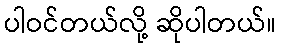
ပါဝင်တယ်လို့ ဆိုပါတယ်။